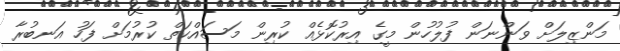
މަންޒިލަށް ވަންނަން ފުލުހުން މީގެ އިރުކޮޅެއް ކުރިން މަސައްކަތް ކުރުމަށް ފަހު އަނބުރާ